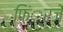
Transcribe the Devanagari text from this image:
फिं्रजें